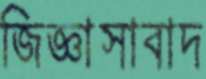
জিজ্ঞাসাবাদ